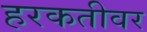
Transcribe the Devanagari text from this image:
हरकतीवर